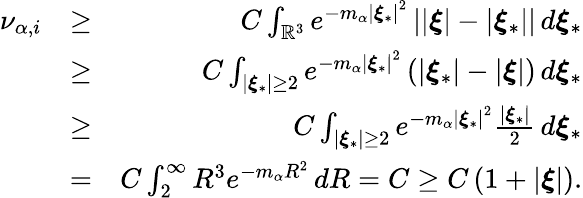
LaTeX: \begin{array}{rlr}{\nu_{\alpha,i}}&{\geq}&{C\int_{\mathbb{R}^{3}}e^{-m_{\alpha}\left\vert\boldsymbol{\xi}_{\ast}\right\vert^{2}}\left\vert\left\vert\boldsymbol{\xi}\right\vert-\left\vert\boldsymbol{\xi}_{\ast}\right\vert\right\vert\, d\boldsymbol{\xi}_{\ast}}\\ &{\geq}&{C\int_{\left\vert\boldsymbol{\xi}_{\ast}\right\vert\geq 2}e^{-m_{\alpha}\left\vert\boldsymbol{\xi}_{\ast}\right\vert^{2}}\left(\left\vert\boldsymbol{\xi}_{\ast}\right\vert-\left\vert\boldsymbol{\xi}\right\vert\right)\, d\boldsymbol{\xi}_{\ast}}\\ &{\geq}&{C\int_{\left\vert\boldsymbol{\xi}_{\ast}\right\vert\geq 2}e^{-m_{\alpha}\left\vert\boldsymbol{\xi}_{\ast}\right\vert^{2}}\frac{\left\vert\boldsymbol{\xi}_{\ast}\right\vert}{2}\, d\boldsymbol{\xi}_{\ast}}\\ &{=}&{C\int_{2}^{\infty}R^{3}e^{-m_{\alpha}R^{2}}\, dR=C\geq C\left(1+\left\vert\boldsymbol{\xi}\right\vert\right)\mathrm{.}}\end{array}